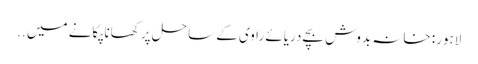
لاہور: خانہ بدوش بچے دریائے راوی کے ساحل پر کھانا پکانے میں ..